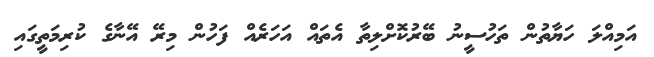
އަމިއްލަ ހަޔާތުން ތަހުސީނު ބޭރުކޮށްލިތާ އެތައް އަހަރެއް ފަހުން މިރޭ އޭނާގެ ކުރިމަތީގައި